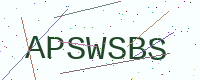
Text: APSWSBS